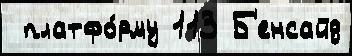
 платфо́рму 113 Б'енсайд